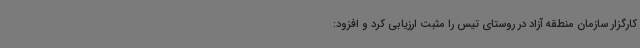
کارگزار سازمان منطقه آزاد در روستای تیس را مثبت ارزیابی کرد و افزود: